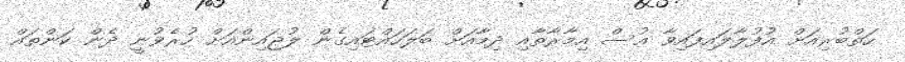
ހަތްބުރިއަށް އުފުލާލައިފައިވާ އުސް އިމާރާތާއި ދިމާއަށް ބަލަހައްޓައިގެން ލުޖައިންއަށް ހުރެވުނީ ދެން ކަންތައް